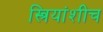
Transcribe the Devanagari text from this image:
स्त्रियांशीच